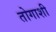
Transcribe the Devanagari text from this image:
तोगाशी